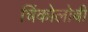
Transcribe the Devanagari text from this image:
चिंकोलोबी